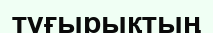
туғырықтың